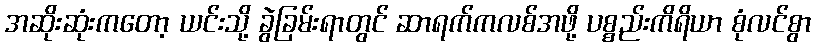
အဆိုးဆုံးကတော့ ယင်းသို့ ခွဲခြမ်းရာတွင် ဆာရက်ကလစ်အဖို့ ပစ္စည်းကိရိယာ စုံလင်စွာ